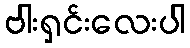
ဗါးရှင်းလေးပါ